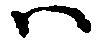
ハ